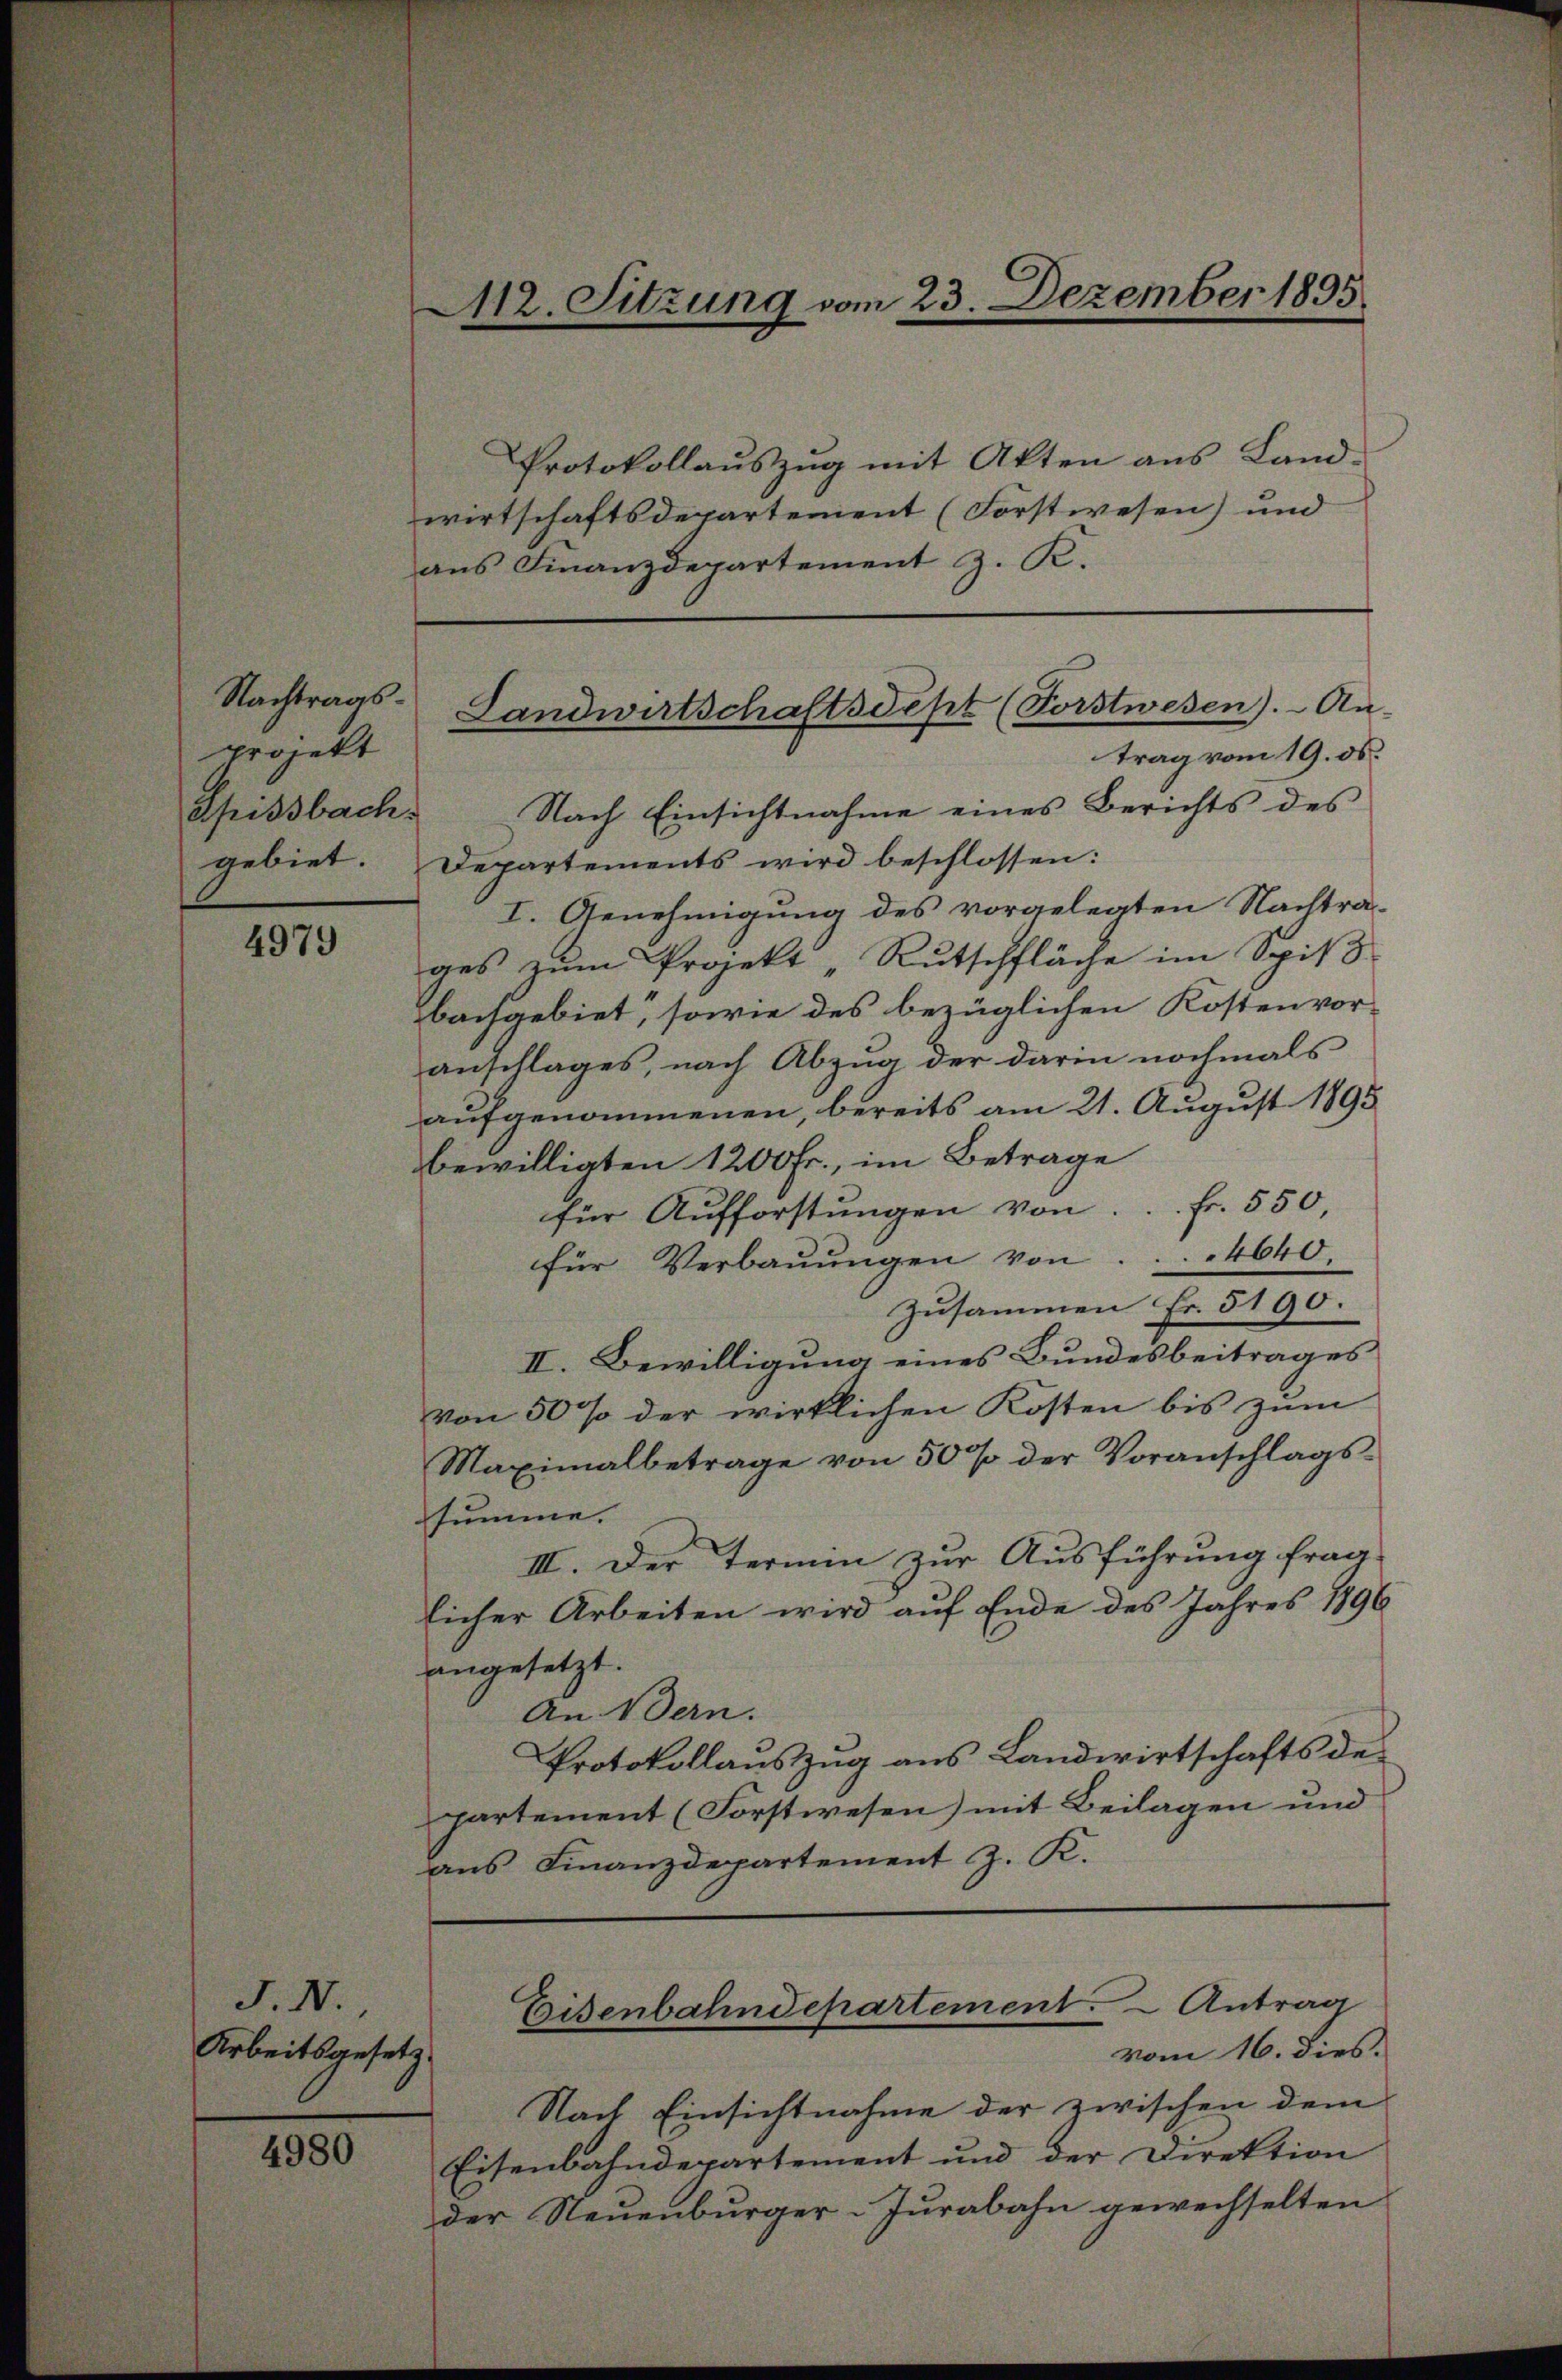
Nachtragsprojekt
gebiet.

4979

J. N.
Arbeitsgesetz

4980

Protokollauszug mit Akten aus Landwirtschaftsdepartement (Forstwesen) und
aus Finanzdepartement z. K.

112. Sitzung vom 23. Dezember 1895.

Landwirtschaftsdept (Forstwesen). An-
trag vom 19. ds.

Spissbach. Nach Einsichtnahme eines Berichts des
Departements wird beschlossen:
I. Genehmigung des vorgelegten Nachtrages zum Projekt „Rutschfläche im Spit
bachgebiet, sowie des bezüglichen Kostenvoranschlages, nach Abzug der darin nochmals
aufgenommenen, bereits am 21. August 1895
bewilligten 1200 Fr., im Betrage
für Aufforstungen von... fr. 550,
für Verbaŭŭngen von . . . . 4640.
zusammen Fr. 5190.
II. Bewilligung eines Bundesbeitrages
von 50 % der wirklichen Kosten bis zum
Maximalbetrage von 50 % der Voranschlags-
summe.
III. Der Termin zur Ausführung frag
licher Arbeiten wird auf Ende des Jahres 1896
angesetzt.
An Bern.
Protokollauszug aus Landwirtschafts des
partement (Forstwesen) mit Beilagen und
ans Finanzdepartement J. K.

Nach Einsichtnahme der zwischen dem
Eisenbahndepartement und der Direktion
der Neuenburger-Jurabahn gewechselten

Eisenbahndepartement. - Antrag
vom 16. dies.